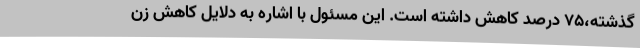
گذشته،75 درصد کاهش داشته است. این مسئول با اشاره به دلایل کاهش زن